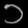
Digit: ၁